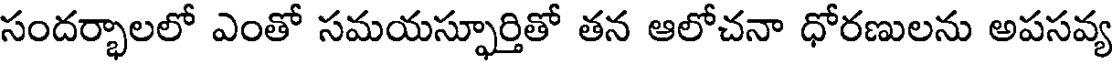
సందర్భాలలో ఎంతో సమయస్ఫూర్తితో తన ఆలోచనా ధోరణులను అపసవ్య